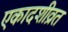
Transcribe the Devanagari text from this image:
एकादशीव्रत